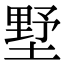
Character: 墅